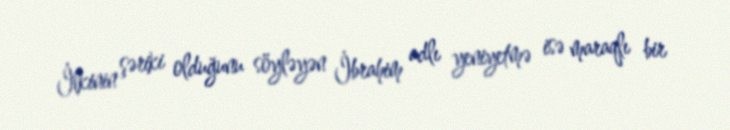
İlkinin şəriki olduğunu söyləyən İbrahim adlı yeniyetmə isə maraqlı bir